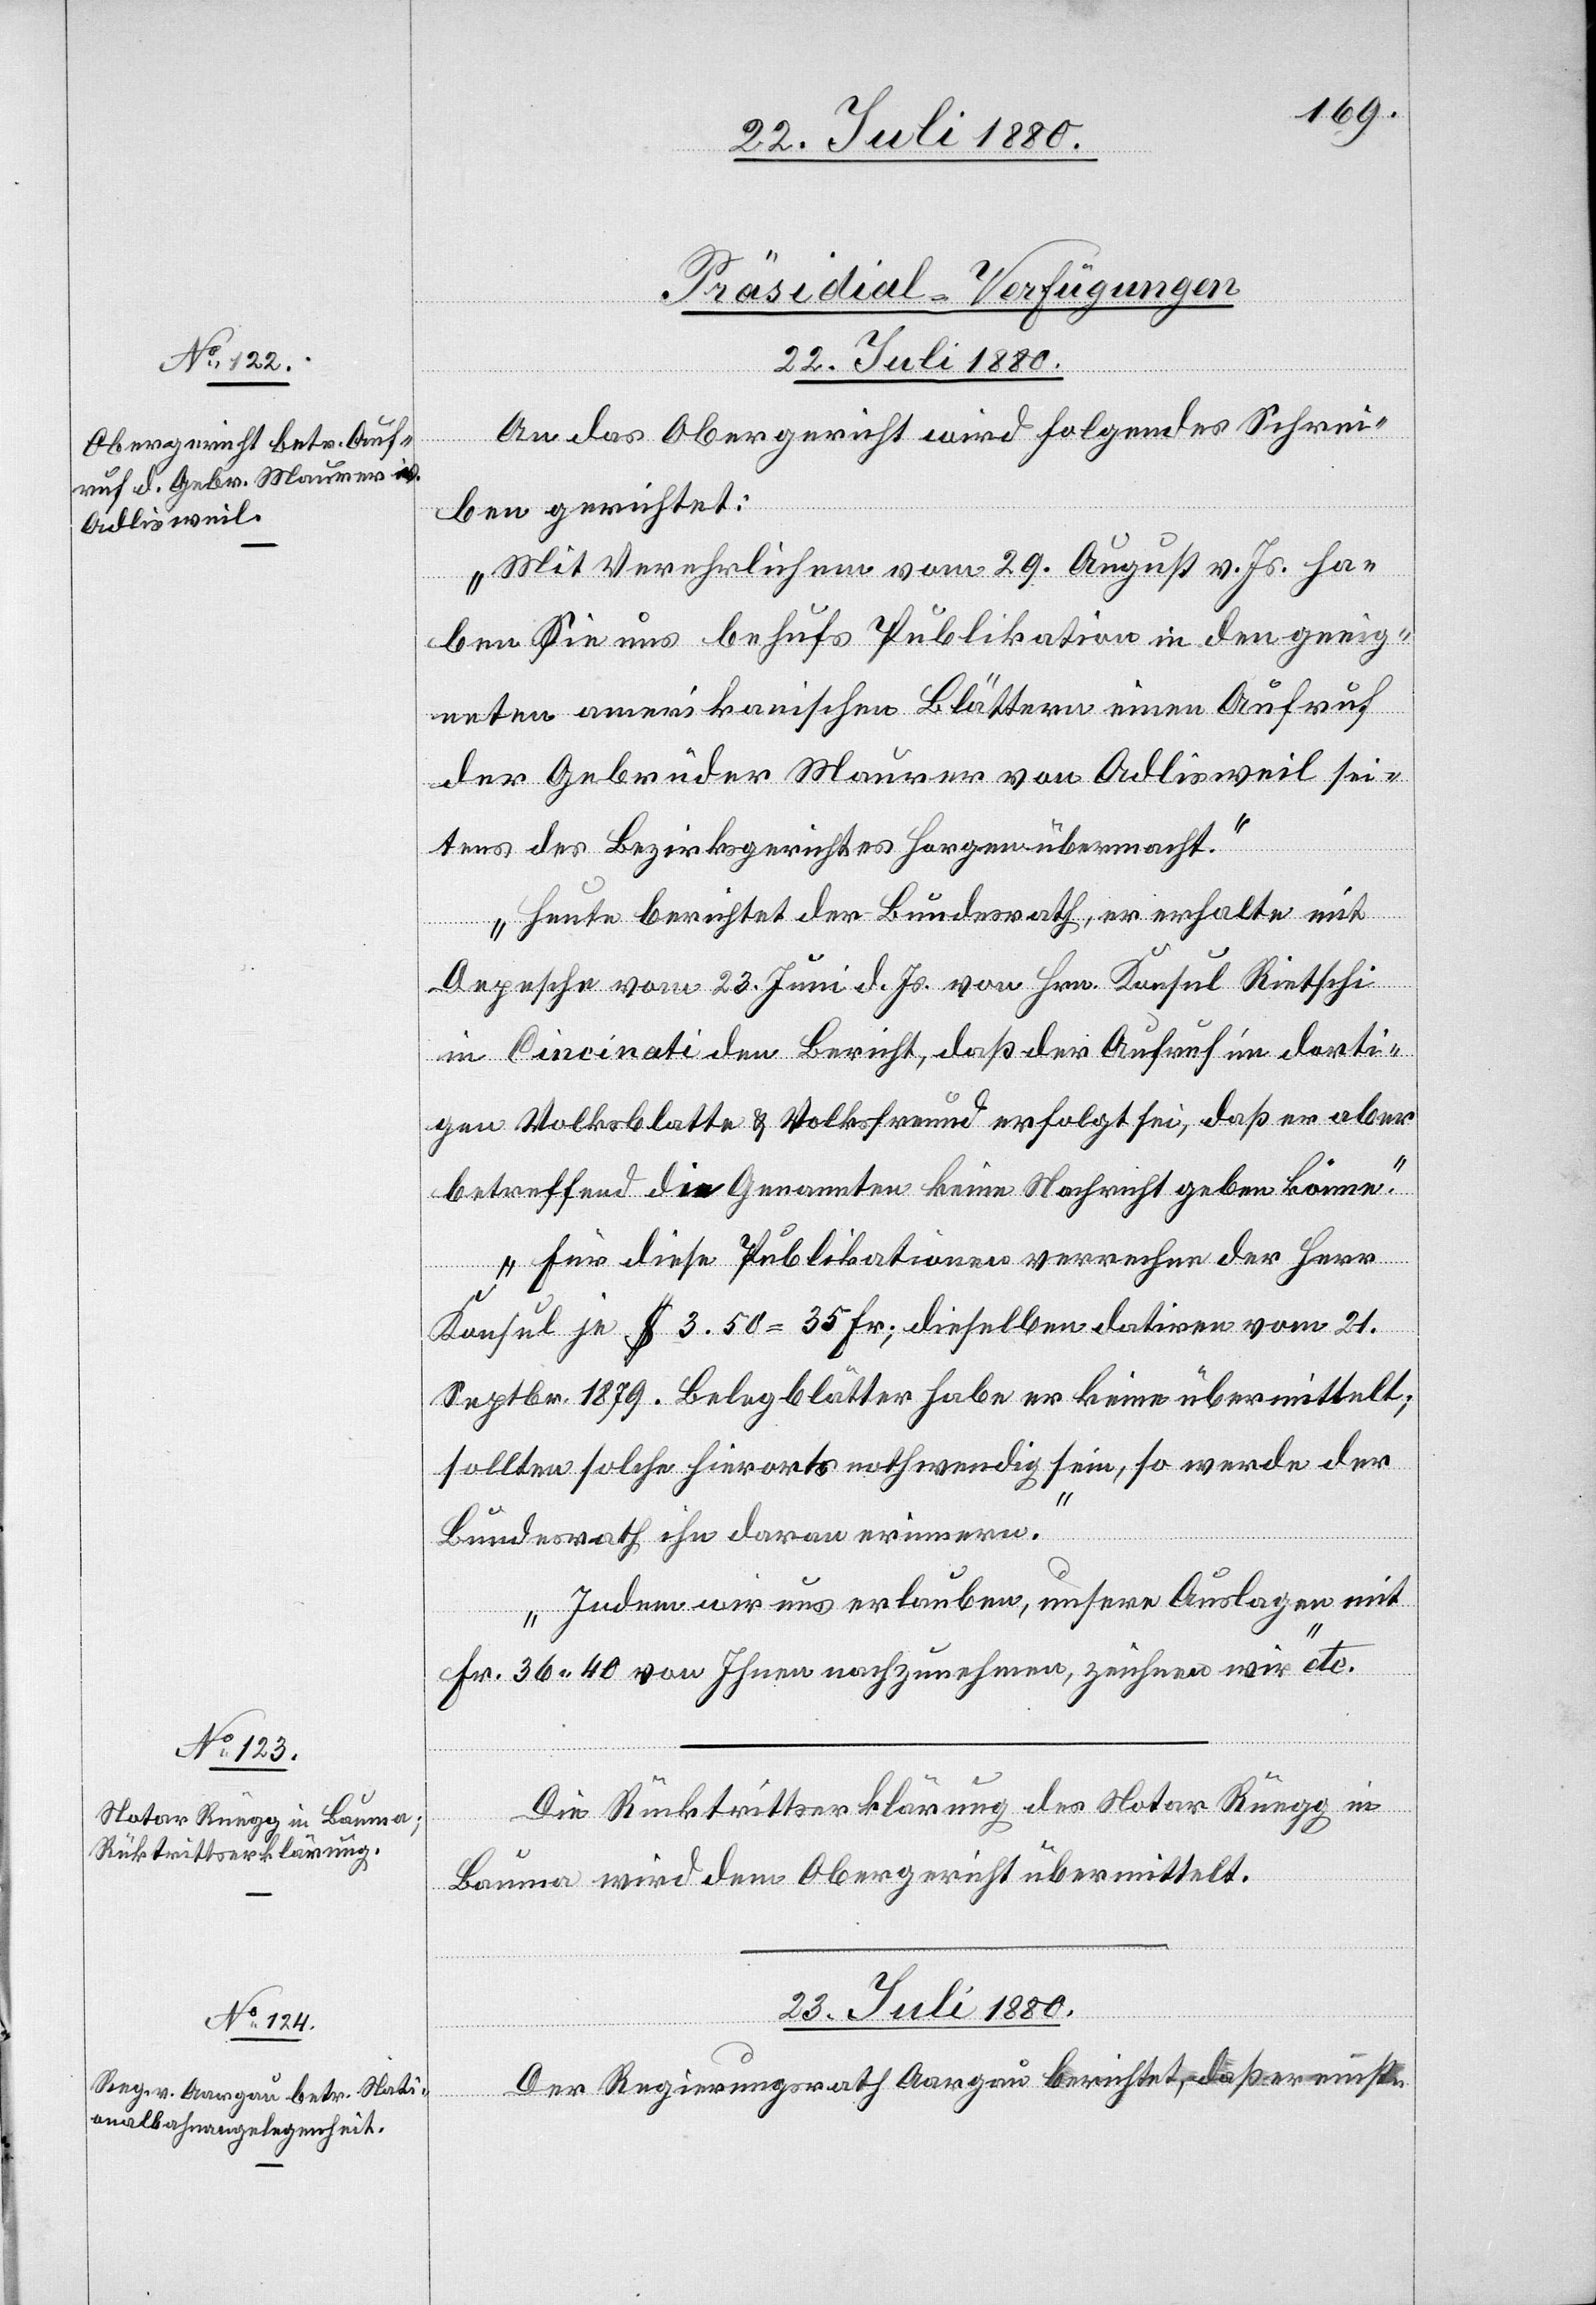
22. Juli 1880.]
[Präsidial-Verfügungen]
22. Juli 1880.
An das Obergericht wird folgendes Schrei¬
ben gerichtet:
„Mit Verehrlichem vom 29. August v. Js. ha¬
ben Sie uns behufs Publikation in den geeig¬
neten amerikanischen Blättern einen Aufruf
der Gebrüder Maurer von Adlisweil sei¬
tens des Bezirksgerichtes Horgen übermit¬
Heute berichtet der Bundesrath, er erhalte mit
Depesche vom 23. Juni d. Js. von Hrn. Konsul Rietschi
in Cincinati den Bericht, daß der Aufruf im dorti¬
gen Volksblatte & Volksfreund erfolgt sei, daß er aber
betreffend die Genannten keine Nachricht geben könne.
Für diese Publikationen verrechne der Herr
Konsul je $ 3.50 = 35 Fr; dieselben datiren vom 21.
Septbr. 1879. Belegblätter habe er keine übermittelt;
sollten solche hierorts nothwendig sein, so werde der
telt.
Bundesrath ihn daran erinnern.
Indem wir uns erlauben, unsere Auslagen mit
Fr. 36 40 von Ihnen nachzunehmen, zeichnen wir“ etc.
Die Rücktrittserklärung des Notar Rüegg in
Bauma wird dem Obergericht übermittelt.
23. Juli 1880.
Der Regierungsrath Aargau berichtet, daß er einst-